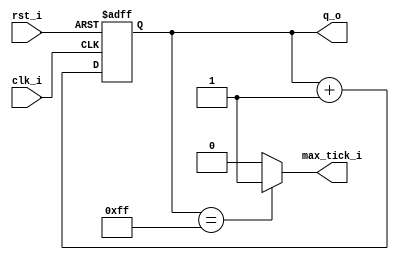
// Name: counter.v
//
// Description: Free running binary counter

module counter #(
  parameter Width = 8
) (
  input              clk_i,
  input              rst_i,
  output             max_tick_i,
  output [Width-1:0] q_o
);

  reg  [Width-1:0] reg_q;
  wire [Width-1:0] sum_d;
  
  assign sum_d = reg_q + 1;
  assign max_tick_i = (reg_q == 2**Width-1) ? 1'b1 : 1'b0;

  always @(posedge clk_i, posedge rst_i) begin
    if (rst_i) 
      reg_q <= 0;
    else 
      reg_q <= sum_d;
  end
  
  assign q_o = reg_q;
  
endmodule